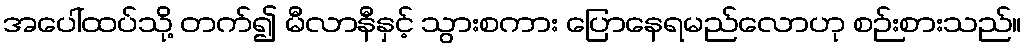
အပေါ်ထပ်သို့ တက်၍ မီလာနီနှင့် သွားစကား ပြောနေရမည်လောဟု စဉ်းစားသည်။